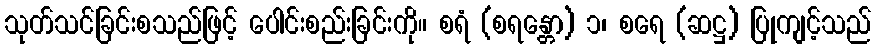
သုတ်သင်ခြင်းစသည်ဖြင့် ပေါင်းစည်းခြင်းကို။ စရံ (စရန္တော) ၁၊ စရေ (ဆဋ္ဌ) ပြုကျင့်သည်